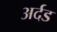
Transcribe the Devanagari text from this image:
अर्दड